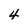
Character: 4